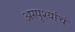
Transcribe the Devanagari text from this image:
अस्पृश्यांचं